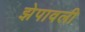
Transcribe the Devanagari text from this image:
झेपावली